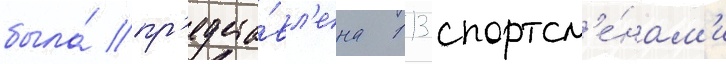
была́ пр'едста́вл'ена 113 спортсм'е́нам'и